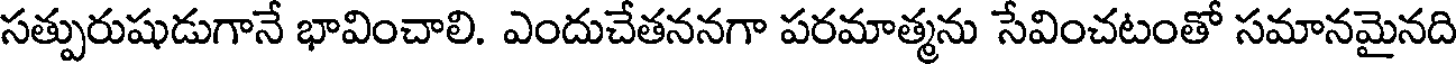
సత్పురుషుడుగానే భావించాలి. ఎందుచేతననగా పరమాత్మను సేవించటంతో సమానమైనది